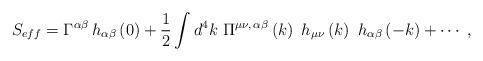
LaTeX: \begin{align*}S_{eff}=\Gamma ^{\alpha \beta }\,h_{\alpha \beta }\left(0\right) +\frac 12\int d^4k\ \Pi ^{\mu \nu ,\,\alpha \beta }\left(k\right)\ h_{\mu \nu}\left( k\right) \ h_{\alpha \beta }\left( -k\right) +\cdots \ ,\end{align*}